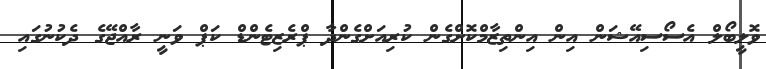
ވޮލީބޯލް އެސޯސިއޭޝަން އިން އިންތިޒާމްކޮށްގެން ކުރިއަށްގެންދާ ޕްރެޒިޓެންޑް ކަޕް ވަނީ ރާއްޖޭގެ ދެކުނުގައި